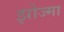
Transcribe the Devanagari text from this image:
झोज्मा